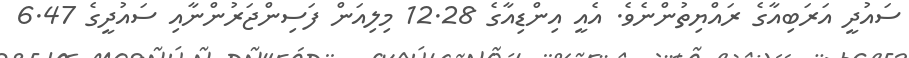
ސައުދީ އަރަބިއާގެ ރައްޔިތުންނެވެ. އެއީ އިންޑިއާގެ 12.28 މިލިއަން ފަސިންޖަރުންނާއި ސައުދީގެ 6.47